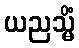
ယညသ္မိံ